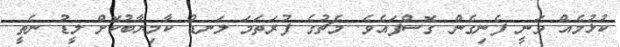
ކުޅުމެއް ވަނީ ފެނިގެން ގޮސްފައެވެ. މެޗުގެ ފުރަތަމަ ލަނޑު ކާމިޔާބުކޮށް ލީޑު ނެތީ